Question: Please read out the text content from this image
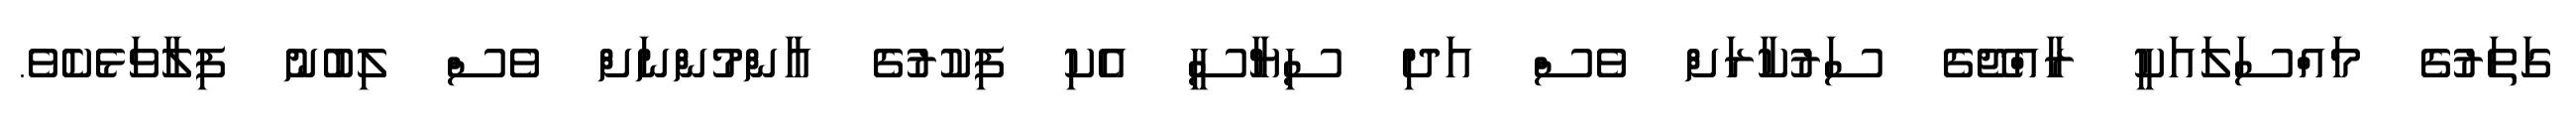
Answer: ގަތަރުގެ މައްސަލައަކީ ރާއްޖޭގެ ސަރުކާރަށް ވެސް އަދި ސިޔާސީ އެކި ފިކުރުގެ އާންމުންނަށް ވެސް ލިބުނު ފިލާވަޅެކެވެ.